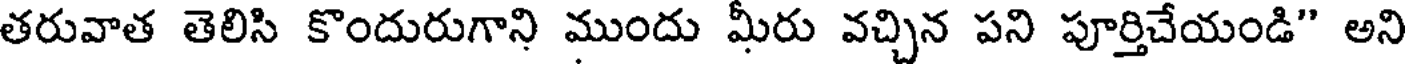
తరువాత తెలిసి కొందురుగాని ముందు మీరు వచ్చిన పని పూర్తిచేయండి" అని